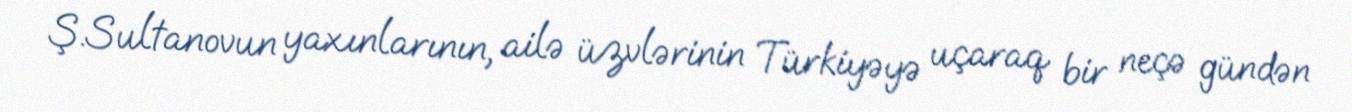
Ş.Sultanovun yaxınlarının, ailə üzvlərinin Türkiyəyə uçaraq bir neçə gündən